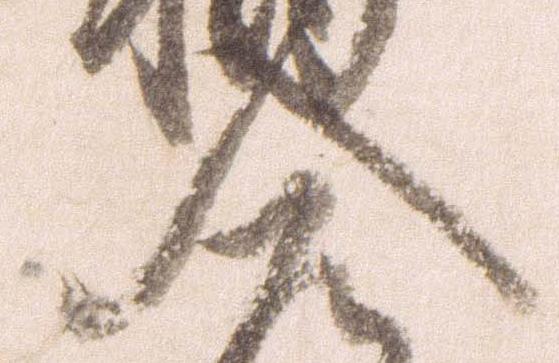
入